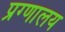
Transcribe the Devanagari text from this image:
प्रग्णालय